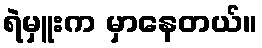
ရဲမှူးက မှာနေတယ်။